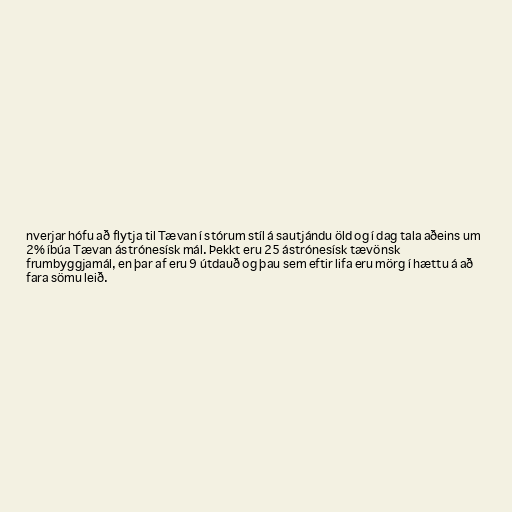
nverjar hófu að flytja til Tævan í stórum stíl á sautjándu öld og í dag tala aðeins um
2% íbúa Tævan ástrónesísk mál. Þekkt eru 25 ástrónesísk tævönsk
frumbyggjamál, en þar af eru 9 útdauð og þau sem eftir lifa eru mörg í hættu á að
fara sömu leið.